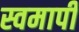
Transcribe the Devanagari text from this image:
स्वमापी